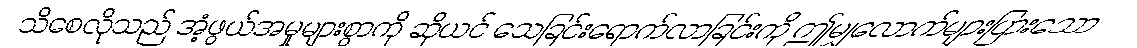
သိစေလိုသည် အံ့ဖွယ်အမှုများစွာကို ဆိုယင် သေခြင်းရောက်လာခြင်းကို ဤမျှလောက်များပြားသော